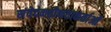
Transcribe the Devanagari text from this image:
संवेदनहीनताकर्ताओं